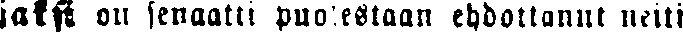
saksi on senaatti puolestaan ehdottanut neiti